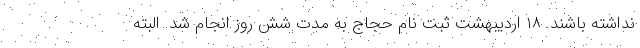
نداشته باشند. ۱۸ اردیبهشت ثبت نام حجاج به مدت شش روز انجام شد. البته